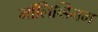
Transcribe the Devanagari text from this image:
मॉलिब्डिनम